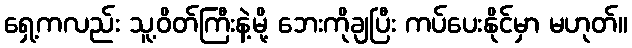
ရှေ့ကလည်း သူ့ဝိတ်ကြီးနဲ့မို့ ဘေးကိုချပြီး ကပ်ပေးနိုင်မှာ မဟုတ်။